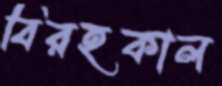
বিরহকাল